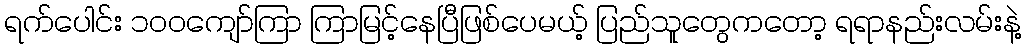
ရက်ပေါင်း ၁၀၀ကျော်ကြာ ကြာမြင့်နေပြီဖြစ်ပေမယ့် ပြည်သူတွေကတော့ ရရာနည်းလမ်းနဲ့